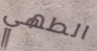
الطهي